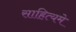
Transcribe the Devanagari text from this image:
साहित्यमे